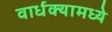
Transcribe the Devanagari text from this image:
वार्धक्यामध्ये